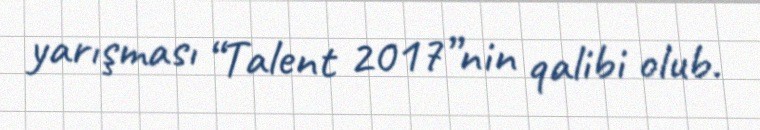
yarışması “Talent 2017”nin qalibi olub.